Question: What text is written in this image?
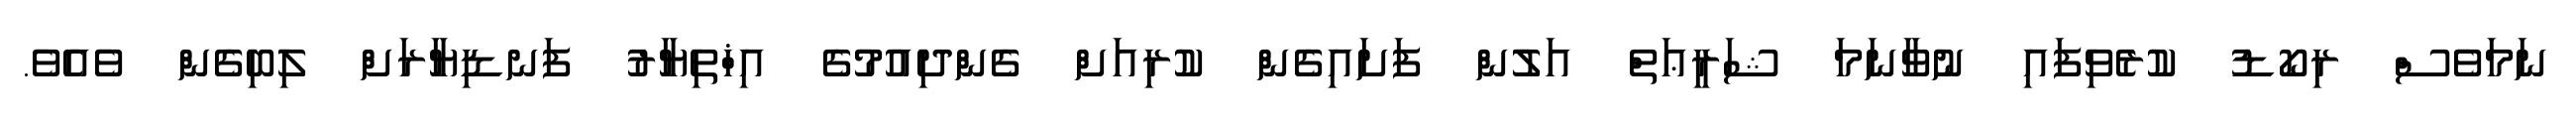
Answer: ނަމަވެސް ރިކޯޑު ކުރެވިފައި ނުވާނަމަ ޝަރީޢަތް އަލުން ފަށައިގެން ކުރިއަށް ގެންދިއުމުގެ އިޚްތިޔާރު ފަނޑިޔާރަށް ލިބިގެން ވެއެވެ.